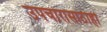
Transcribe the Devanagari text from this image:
उपचारासाठीही